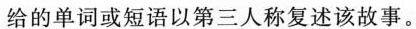
给的单词或短语以第三人称复述该故事。